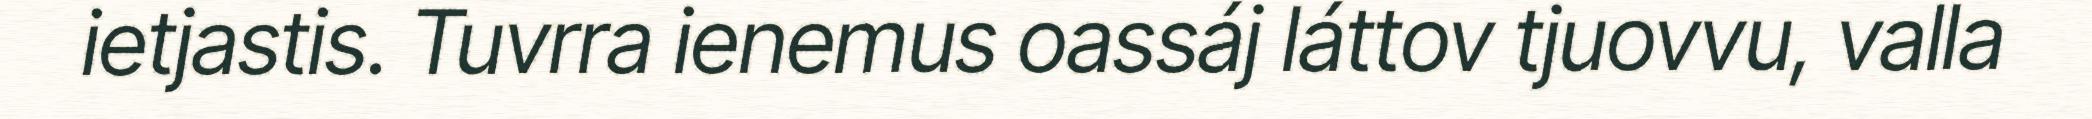
ietjastis. Tuvrra ienemus oassáj láttov tjuovvu, valla